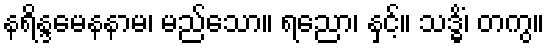
နရိန္ဒမေနနာမ၊ မည်သော။ ရညော၊ နှင့်။ သဒ္ဓိံ၊ တကွ။